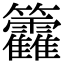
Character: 籱